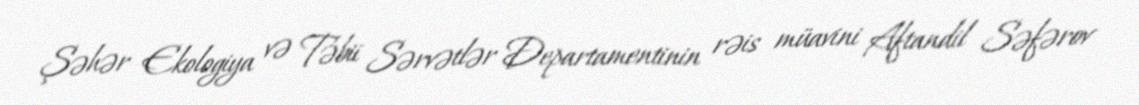
Şəhər Ekologiya və Təbii Sərvətlər Departamentinin rəis müavini Aftandil Səfərov